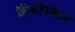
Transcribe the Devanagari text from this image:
कैंडोम्बल